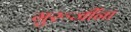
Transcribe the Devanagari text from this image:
गुरूजींना